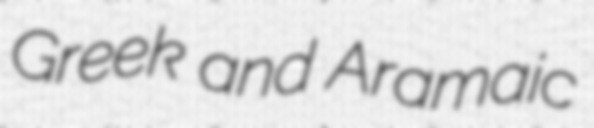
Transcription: Greek and Aramaic